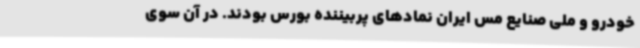
خودرو و ملی صنایع مس ایران نمادهای پربیننده بورس بودند. در آن سوی